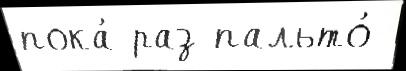
пока́ раз пальто́